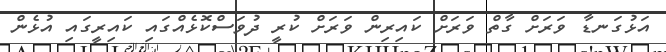
އަޅުގަނޑާ ވަރަށް ގާތް ވަރަށް ކައިރިން ވަރަށް ކުރީ ދުވަސްކޮޅެއްގައި ކައިރީގައި އުޅެން